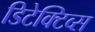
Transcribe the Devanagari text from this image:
डिटेक्टिव्स